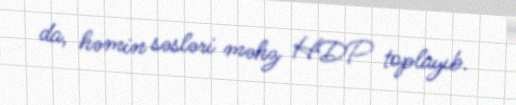
da, həmin səsləri məhz HDP toplayıb.